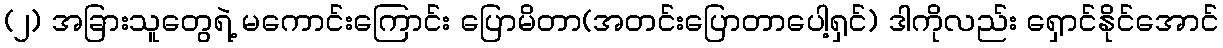
(၂) အခြားသူတွေရဲ့ မကောင်းကြောင်း ပြောမိတာ(အတင်းပြောတာပေါ့ရှင်) ဒါကိုလည်း ရှောင်နိုင်အောင်